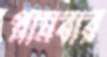
প্লামবার